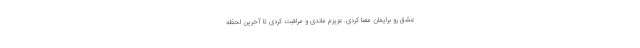
عشق رو برایمان معنا کردی. عزیزم ماندی و مراقبت کردی تا آخرین لحظه